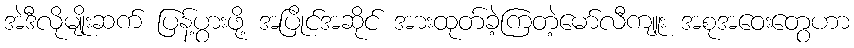
အဲဒီလိုမျိုးဆက် ပြန့်ပွားဖို့ အပြိုင်အဆိုင် အားထုတ်ခဲ့ကြတဲ့မော်လီကျူး အစုအဝေးတွေဟာ